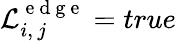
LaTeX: \mathcal{L}_{i,\, j}^{\mathrm{~e~d~g~e~}}=true